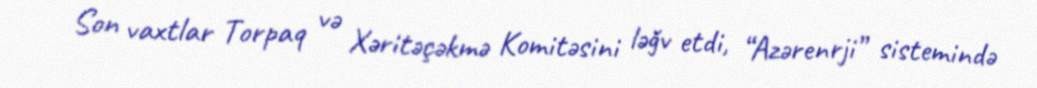
Son vaxtlar Torpaq və Xəritəçəkmə Komitəsini ləğv etdi, “Azərenrji” sistemində